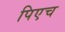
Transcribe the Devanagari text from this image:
पिएच